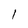
Character: l